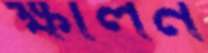
ক্ষালন